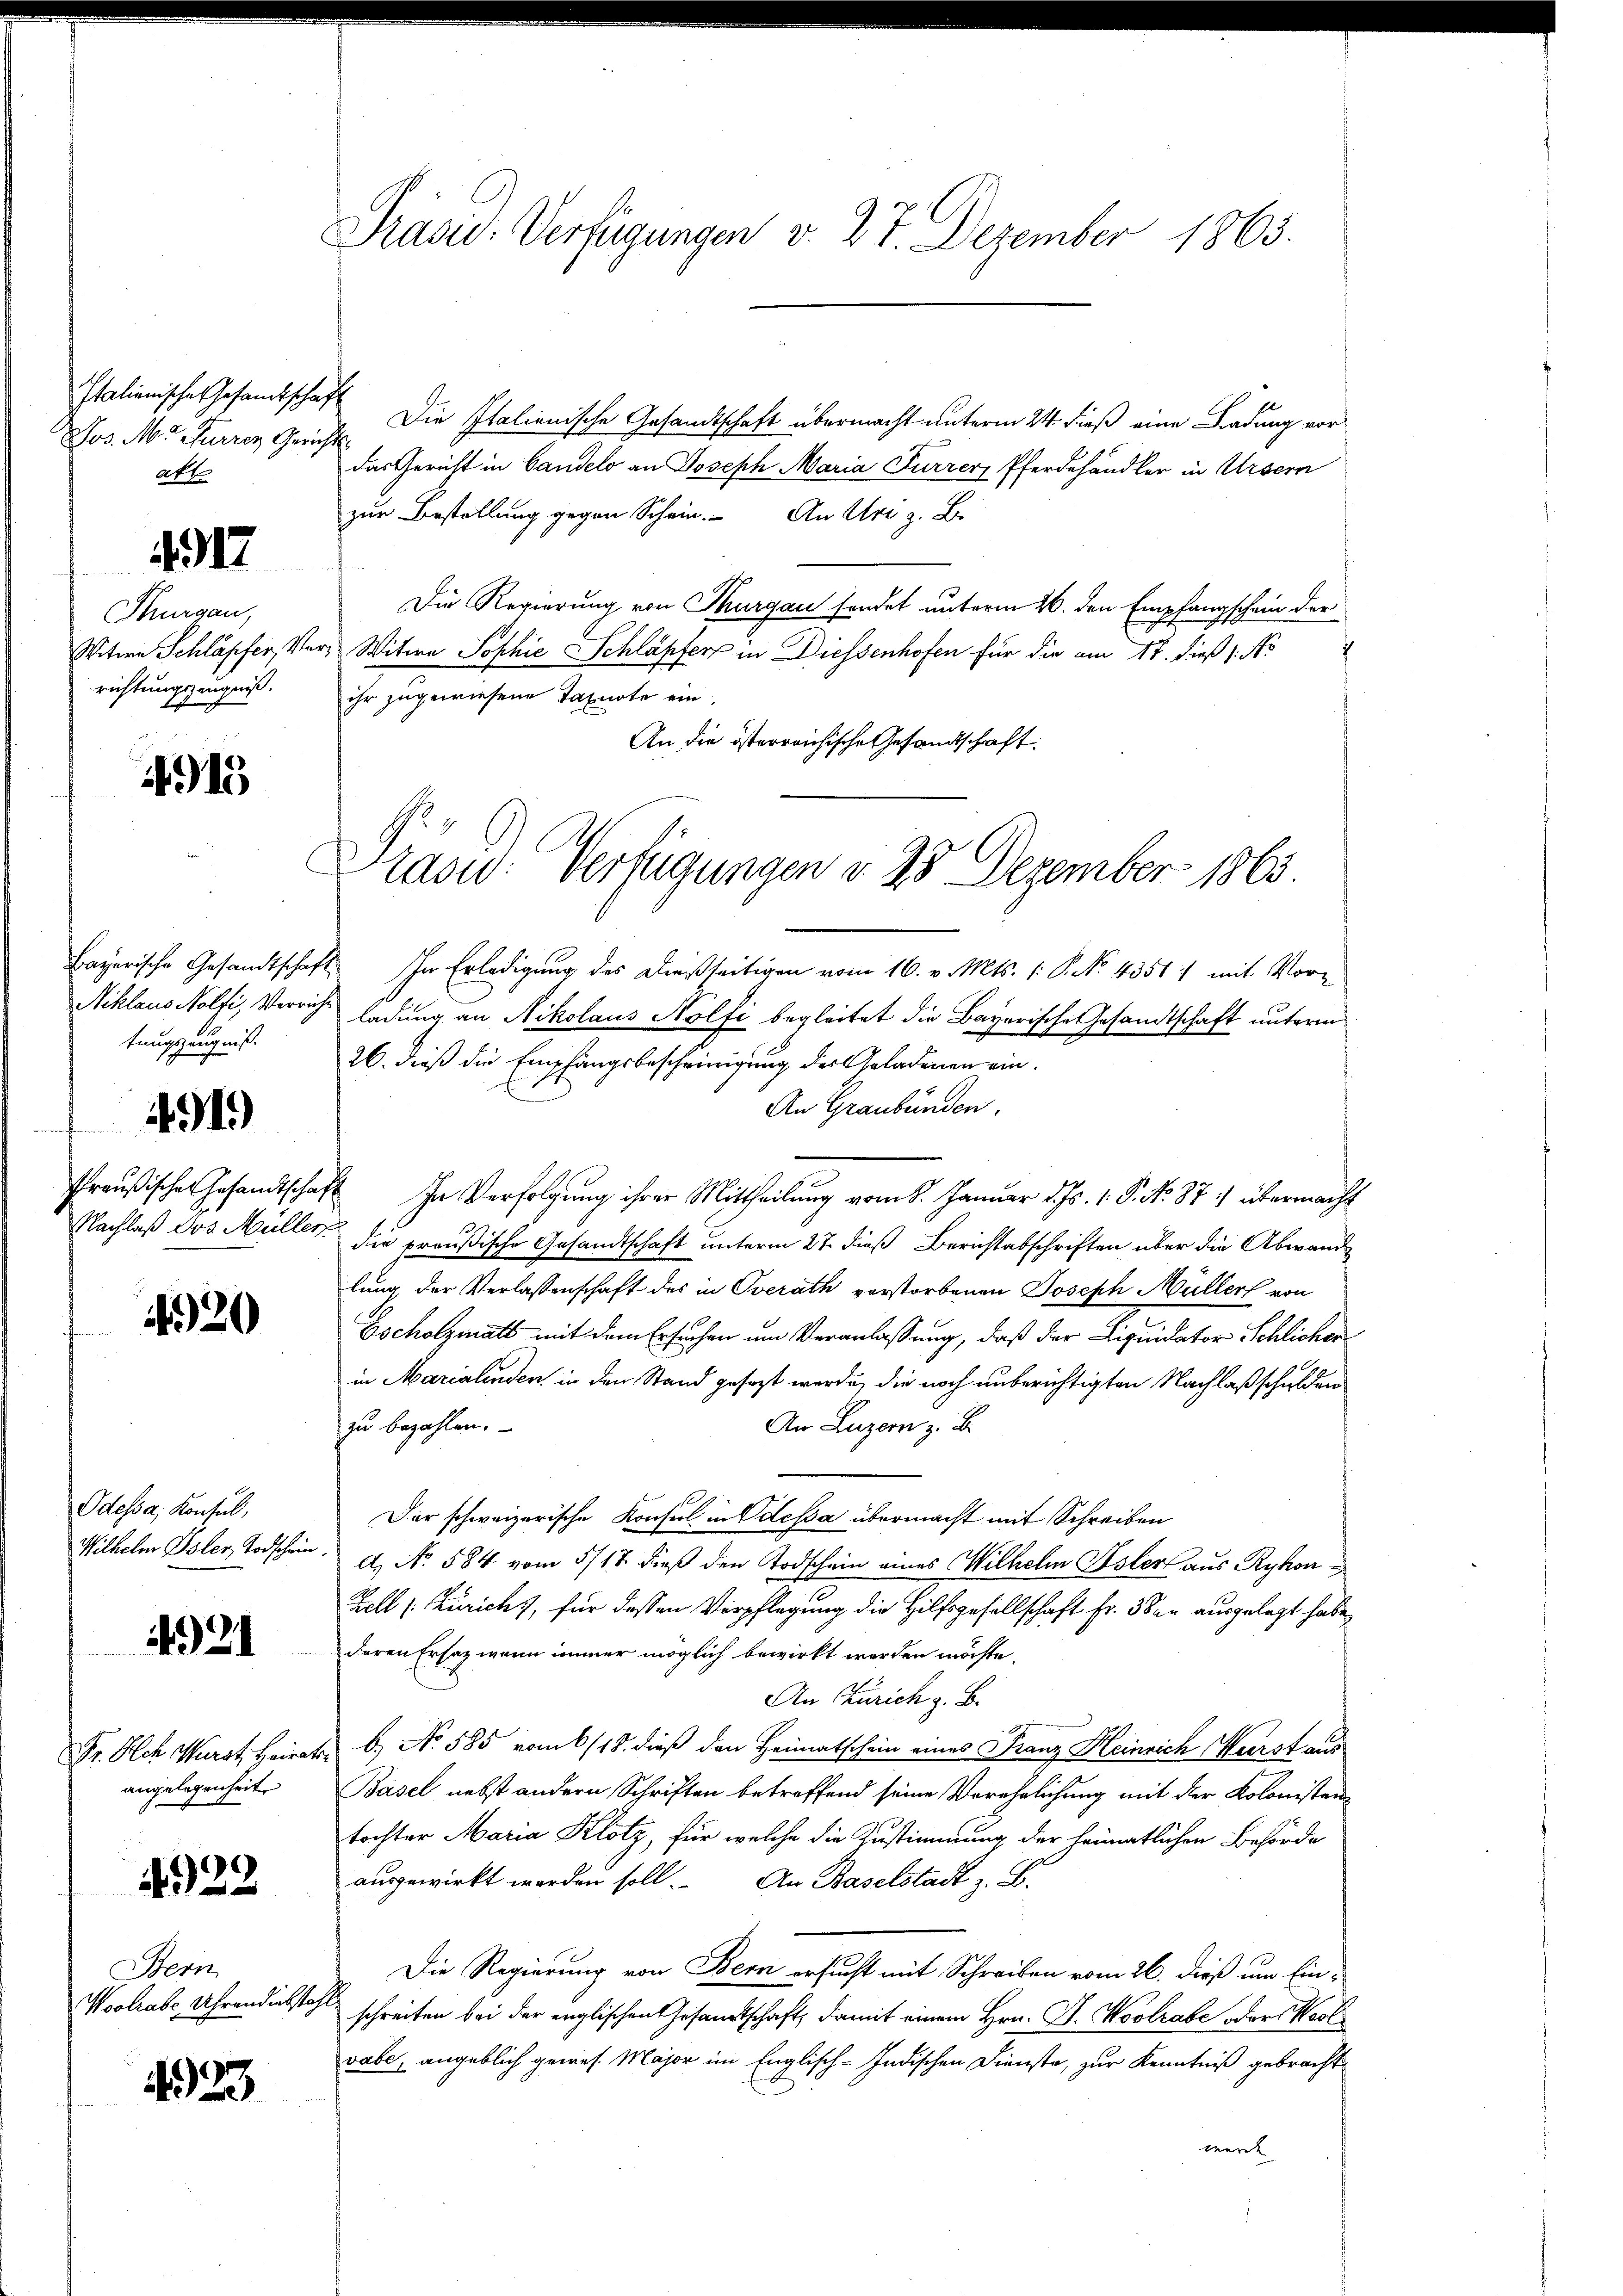
Italienische Gesandtschaft
Jos. M. Furren Gerichts-
att

4917

Thurgau,
Witwe Schläpfer, 4.
richtungszeugniß.

4915

Niklaus Nolfiz Verricht
tungszeugniß.

491)

1420

Odessa, Konsul,

4921

angelegenheit.

4922

Stem
Woolrabe, Uhrendiebsta

423

Präsid. Verfügungen v. 27. Dezember 1865.

Die Italienische Gesandtschaft übermacht unterm 24. dieß eine Ladung vordas Gericht in Candels an Joseph Maria Furrer, Pferdehändler in Ursern
zur Bestellung gegen Schein. An Uri z. B.
Die Regierung von Thurgau sendet unterm 26. den Empfangschein der
Ter Witwe Sophie Schläpfer in Diessenhofen für die am 17. dieß (No
ihr zugewiesene Taxirte ein.
An die österreichische Gesandtschaft

Grasw. Verfügungen d. 28 Dezember 1863

Bayerische Gesandtschaft. In Erledigung des dießseitigen vom 16. v. Mts. (: P. No. 43511 mit Vorladung an Nikolaus Nolfi begleitet die Bayerische Gesandtschaft unterm
26. dieß die Empfangsbescheinigung der Geladenen ein¬
An Graubünden.
Preußischen Gesandtschaft in Verfolgung ihrer Mittheilung vom 8. Januar d. Js. 1. P. No 87. übermacht
Nachlaß das Müller die preußische Gesandtschaft unterm 27. dieß Berichtabschriften über die Abwand
lung der Verlassenschaft des in Oberath vorstorbenen Joseph Müller von
Oscholzmats mit dem Ersuchen um Veranlassung, daß der Liquidator Schlicher
in Marialenden, in den Stand gesezt werde, die noch unberichtigten Nachlaß schulden
An Luzern z. B.
zu bezahlen.
Der schweizerische Konsul in Odessa übermacht mit Schreiben
Wilhelm Isler, Todschein. A. No. 584 vom 5/17. dieß den Todschein eines Wilhelm Isler aus Rykon¬
Zell (Züricht, für dessen Verpflegung die Hilfsgesellschaft Fr. 3 den ausgelegt habe,
deren Ersatz wenn immer möglich bewirkt werden möchte.
An Zürich z. B.
Dr. Ach Wurst Heirat b.) No 585 vom 6/18. dieß den Heimatschein eines Franz Heinrich Wurst aus
Basel nebst andern Schriften betreffend seine Verehrlichung mit der Kolonisten
tochter Maria Klotz, für welche die Zustimmung der heimatlichen Behörde
ausgewirkt worden soll. An Baselstadt z. B.
Die Regierung von Bern ersucht mit Schreiben vom 26. dieß um Ein-
h
schreiten bei der englischen Gesandtschaft, damit einem Hrn. F. Vortrabe der Wert
vabe, angeblich gewes. Major im Englisch-Indischen Dienste, zur Kenntniß gebracht